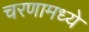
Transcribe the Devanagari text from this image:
चरणामध्ये